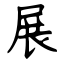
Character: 展